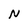
Character: N